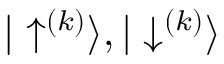
{ | \uparrow ^ { ( k ) } \rangle } , { | \downarrow ^ { ( k ) } \rangle }